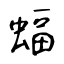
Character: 蝠